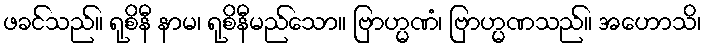
ဖခင်သည်။ ရုစိနီ နာမ၊ ရုစိနီမည်သော။ ဗြာဟ္မဏံ၊ ဗြာဟ္မဏသည်။ အဟောသိ၊